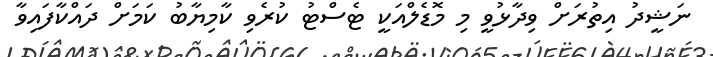
ނަޝީދު އިތުރަށް ވިދާޅުވީ މި މޮޑެލްއަކީ ޓެސްޓު ކުރެވި ކާމިޔާބު ކަމަށް ދައްކާފައިވާ